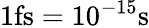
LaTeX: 1\textrm{fs}=10^{-15}\textrm{s}